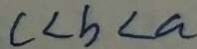
c < b < a